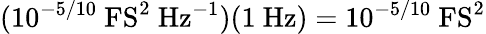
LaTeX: (10^{-5/10}~\mathrm{FS^{2}~Hz^{-1}})(1~\mathrm{Hz})=10^{-5/10}~\mathrm{FS^{2}}